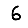
Digit: 6